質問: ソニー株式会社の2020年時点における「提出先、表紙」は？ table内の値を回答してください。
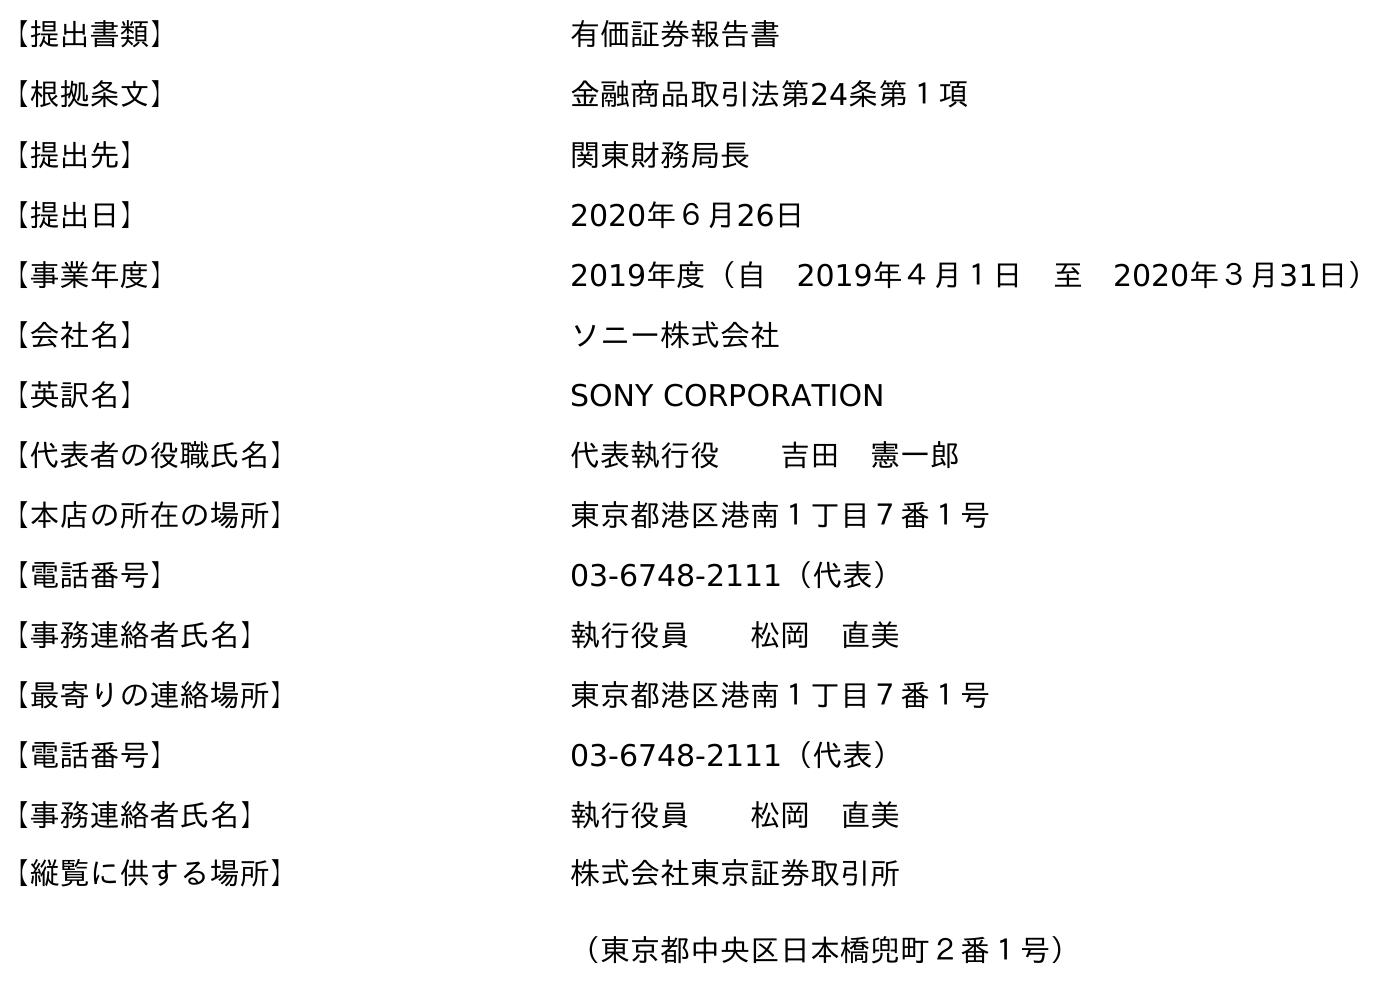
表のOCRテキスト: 【提出書類】 有価証券報告書 【根拠条文】 金融商品取引法第24条第１項 【提出先】 関東財務局長 【提出日】 2020年６月26日 【事業年度】 2019年度（自 2019年４月１日 至 2020年３月31日） 【会社名】 ソニー株式会社 【英訳名】 SONY CORPORATION 【代表者の役職氏名】 代表執行役  吉田 憲一郎 【本店の所在の場所】 東京都港区港南１丁目７番１号 【電話番号】 03-6748-2111（代表） 【事務連絡者氏名】 執行役員  松岡 直美 【最寄りの連絡場所】 東京都港区港南１丁目７番１号 【電話番号】 03-6748-2111（代表） 【事務連絡者氏名】 執行役員  松岡 直美 【縦覧に供する場所】 株式会社東京証券取引所 （東京都中央区日本橋兜町２番１号）
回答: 関東財務局長